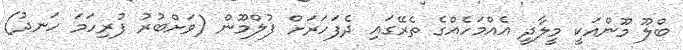
ބްލޫ މޫންއަކީ މީލާދީ އެއްމަހެއްގެ ތެރޭގައި ދެފަހަރަށް ފުލްމޫން (ވަށްބުރު ފުރިހަމަ ހަނދު)